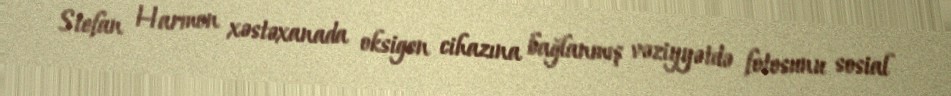
Stefan Harmon xəstəxanada oksigen cihazına bağlanmış vəziyyətdə fotosunu sosial